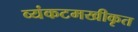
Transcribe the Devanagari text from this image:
व्यंकटमखीकृत